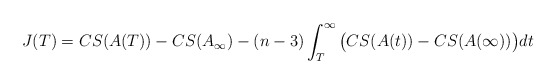
\begin{align*}J(T)=CS(A(T))-CS(A_{\infty})-(n-3)\int_{T}^{\infty}\big{(}CS(A(t))-CS(A(\infty))\big{)}dt\end{align*}